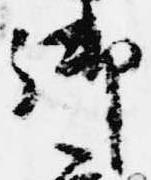
御